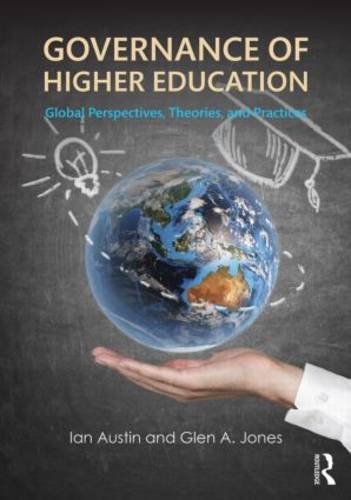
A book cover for Governance of Higher Education: Global Perspectives, Theories, and Practices; Ian Austin; Education & Teaching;